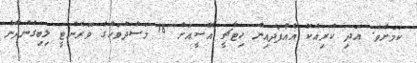
ކަމަށެވެ. އަދި ކުރިއެކޭ އެއްފަދައިން ހިޓާޗީ އޭސީއަށް 18 މަސްދުވަހުގެ ވޮރެންޓީ ލިބިގެންދާނެ